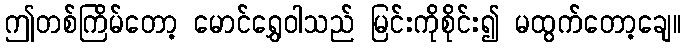
ဤတစ်ကြိမ်တော့ မောင်ရွှေဝါသည် မြင်းကိုစိုင်း၍ မထွက်တော့ချေ။